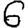
Digit: 6